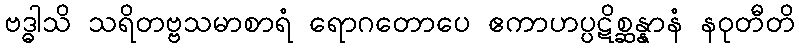
ဗဒ္ဓါသိ သရိတဗ္ဗသမာစာရံ ရောဂတောပေ ဧကာဟပ္ပဋိစ္ဆန္နာနံ နဝုတီတိ